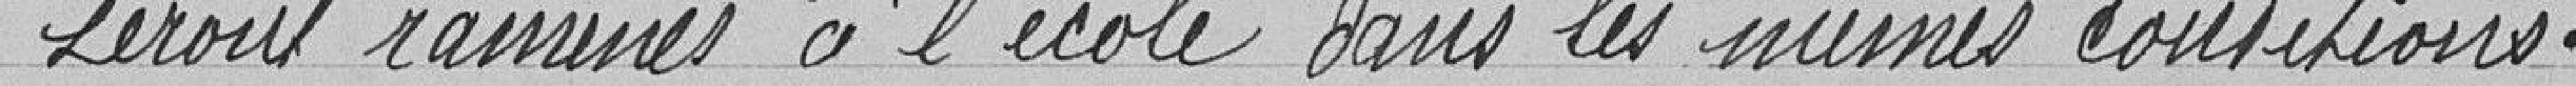
seront rassurés à l'école dans les mêmes conditions